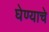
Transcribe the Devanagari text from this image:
घेण्‍याचे